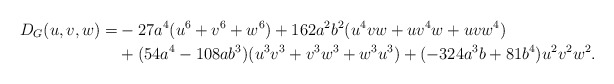
\begin{align*}D_G(u,v,w)=&-27a^4(u^6+v^6+w^6) + 162a^2b^2(u^4vw+uv^4w+uvw^4)\\& + (54a^4 - 108ab^3)(u^3v^3+v^3w^3+w^3u^3) + (-324a^3b + 81b^4)u^2v^2w^2 .\end{align*}